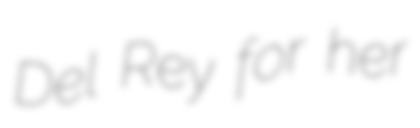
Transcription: Del Rey for her